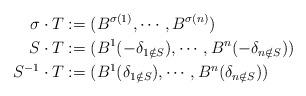
LaTeX: \begin{align*}\sigma \cdot T &:= (B^{\sigma(1)}, \cdots, B^{\sigma(n)})\\S\cdot T &:= (B^1(- \delta_{1 \notin S}), \cdots, B^n(- \delta_{n \notin S}) )\\S^{-1}\cdot T &:= (B^1(\delta_{1 \notin S}), \cdots, B^n(\delta_{n \notin S}) )\end{align*}